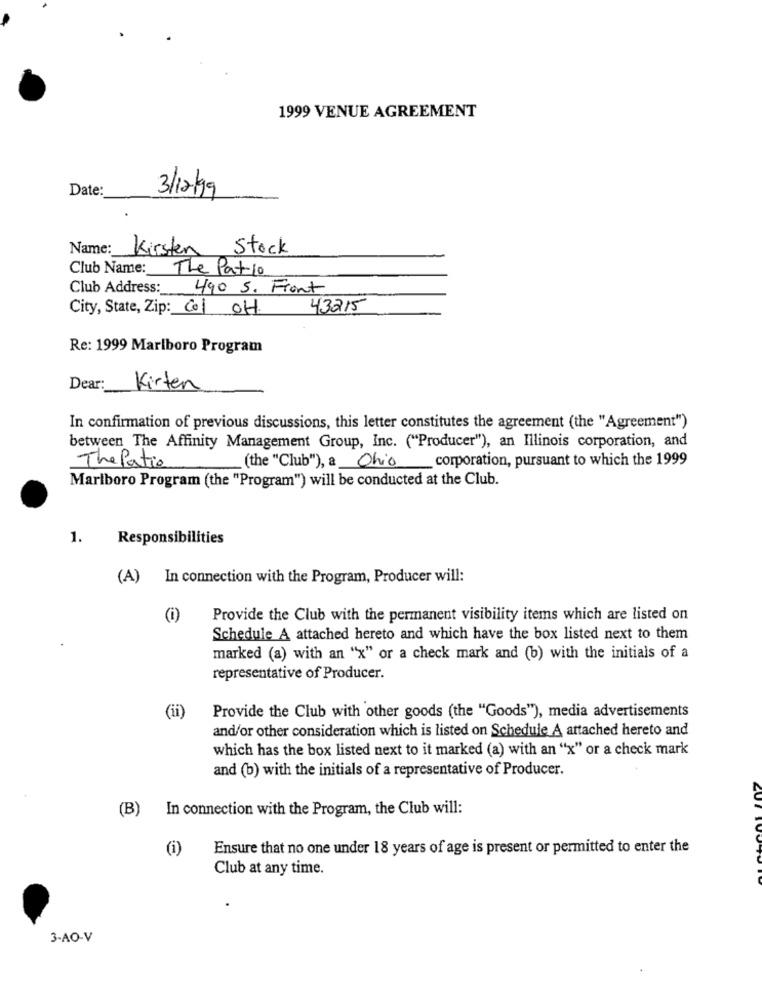
1999 VENUE AGREEMENT
Date:
3/12/99
Name: Kirsten Stock
Club Name: The Patio
Club Address: 490 S. Front
City, State, Zip: Col OH
43215
Re: 1999 Marlboro Program
Dear:
Kirten
In confirmation of previous discussions, this letter constitutes the agreement (the "Agreement")
between The Affinity Management Group, Inc. ("Producer"), an Illinois corporation, and
The Patio
(the "Club"), a Ohio corporation, pursuant to which the 1999
Marlboro Program (the "Program") will be conducted at the Club.
1.
Responsibilities
(A) In connection with the Program, Producer will:
(i)
Provide the Club with the permanent visibility items which are listed on
Schedule A attached hereto and which have the box listed next to them
marked (a) with an "x" or a check mark and (b) with the initials of a
representative of Producer.
(ii)
Provide the Club with other goods (the "Goods"), media advertisements
and/or other consideration which is listed on Schedule A attached hereto and
which has the box listed next to it marked (a) with an "x" or a check mark
and (b) with the initials of a representative of Producer.
(B)
In connection with the Program, the Club will:
(i)
Ensure that no one under 18 years of age is present or permitted to enter the
Club at any time.
3-AO-V